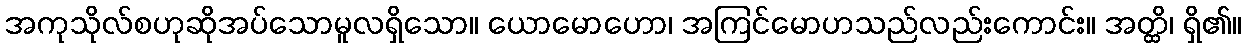
အကုသိုလ်စဟုဆိုအပ်သောမူလရှိသော။ ယောမောဟော၊ အကြင်မောဟသည်လည်းကောင်း။ အတ္ထိ၊ ရှိ၏။